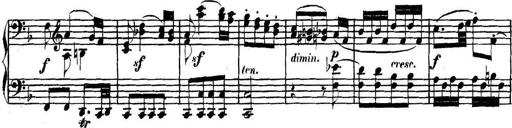
Title: Collected Piano Sonatas
Composer: Muzio Clementi